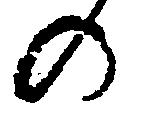
の